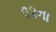
૨૨ના